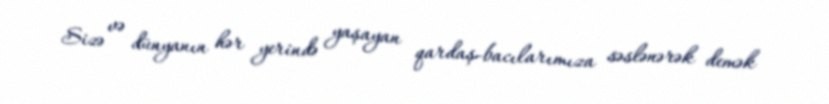
Sizə və dünyanın hər yerində yaşayan qardaş-bacılarımıza səslənərək demək